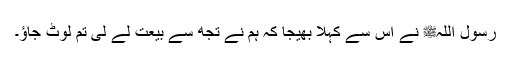
رسول اللہﷺ نے اس سے کہلا بھیجا کہ ہم نے تجھ سے بیعت لے لی تم لوٹ جاؤ۔